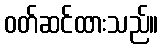
ဝတ်ဆင်ထားသည်။